Bombay plague: being a history of the progress of plague in the Bombay presidency from September 1896 to June 1899
Year: 1896
Disease focus: Plague
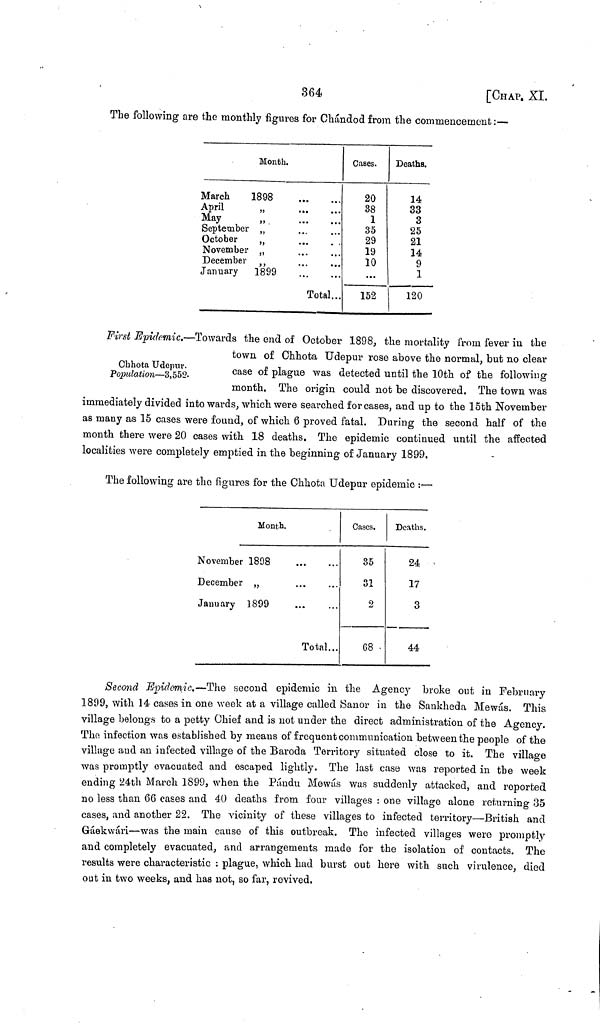
364
[CHAP. XI.
The following are the monthly figures for Chándod from the commencement:—
Month.
March
1898
April
May
September
October
November
December ,,
January
1899
Total...
Cases.
20
38
1
35
29
19
10
...
152
Deaths.
14
33
3
25
21
14
9
1
120
Chhota Udepur.
Population—3,552.
First Epidemic.—Towards the end of October 1898, the mortality from fever in the
town of Chhota Udepur rose above the normal, but no clear
case of plague was detected until the 10th of the following
month. The origin could not be discovered. The town was
immediately divided into wards, which were searched for cases, and up to the 15th November
as many as 15 cases were found, of which 6 proved fatal. During the second half of the
month there were 20 cases with 18 deaths. The epidemic continued until the affected
localities were completely emptied in the beginning of January 1899.
The following are the figures for the Chhota Udepur epidemic :—
Month.
November 1808
December „
January 1899
Total...
Cases.
35
31
2
68
Deaths.
24
17
3
44
Second Epidemic.—The second epidemic in the Agency broke out in February
1899, with 14 cases in one week at a village called Sanor in the Sankheda Mewás. This
village belongs to a petty Chief and is not under the direct administration of the Agency.
The infection was established by means of frequent communication between the people of the
village and an infected village of the Baroda Territory situated close to it. The village
was promptly evacuated and escaped lightly. The last case was reported in the week
ending 24th March 1899, when the Pándu Mewás was suddenly attacked, and reported
no less than 66 cases and 40 deaths from four villages : one village alone returning 35
cases, and another 22. The vicinity of these villages to infected territory—British and
Gáekwári—was the main cause of this outbreak. The infected villages were promptly
and completely evacuated, and arrangements made for the isolation of contacts. The
results were characteristic : plague, which had burst out here with such virulence, died
out in two weeks, and has not, so far, revived.